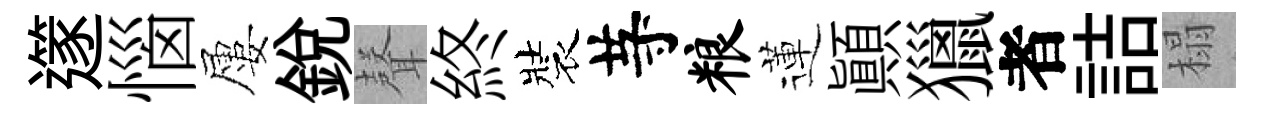
𨗹惱屢銳𮋻終裝䒭粮蓮顚獵者詰榻